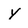
Character: y